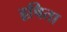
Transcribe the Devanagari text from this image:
हृषिता